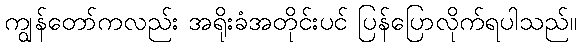
ကျွန်တော်ကလည်း အရိုးခံအတိုင်းပင် ပြန်ပြောလိုက်ရပါသည်။